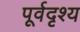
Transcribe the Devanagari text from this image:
पूर्वदृश्य